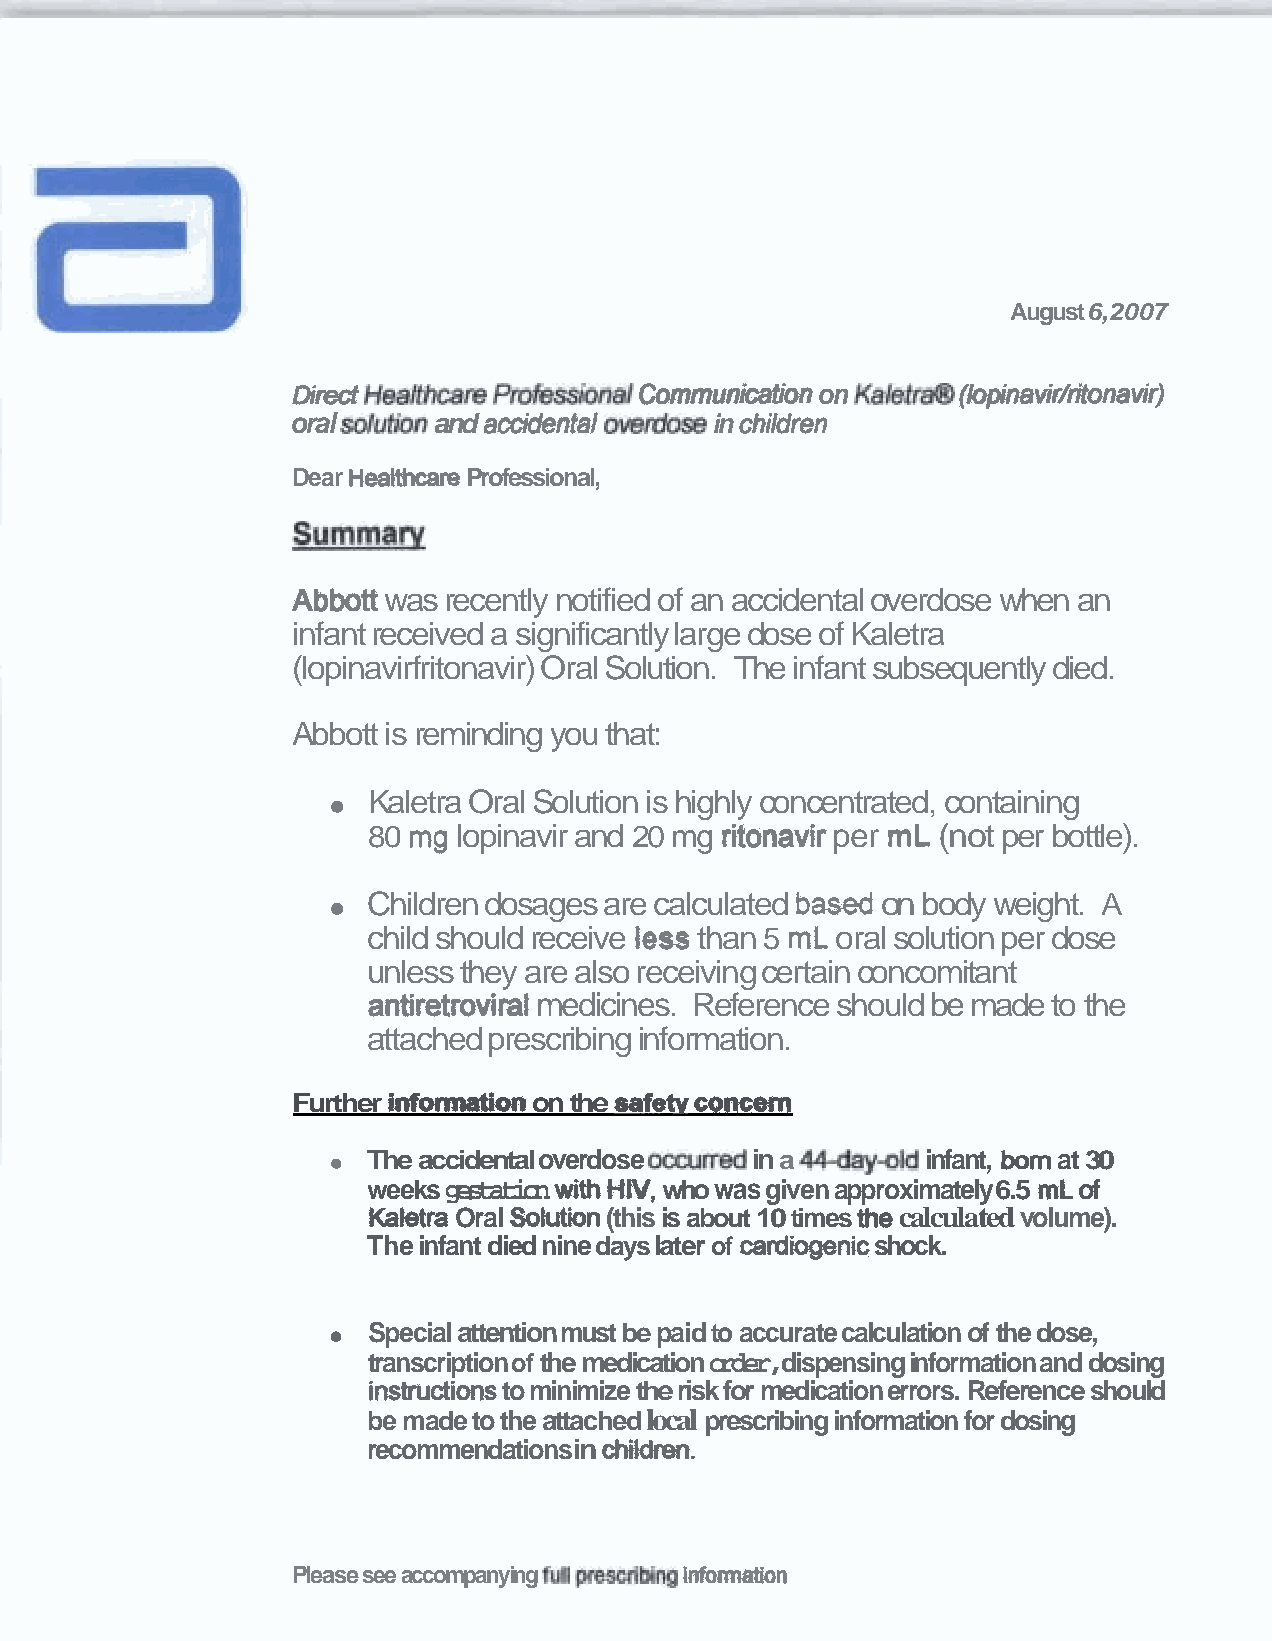
August 6,2007
 ~~
 Dired Hea/thcare       Communication on Kah&dD (lopinavidritonavir)
 oral dutian and accidents! om- in chikren
 Dear Healthcare Professional,
 Abbott was recently notified of an accidental overdose when an
 infant received a significantly large dose of Kaletra
 (lopinavirfritonavir) Oral Solution. The infant subsequently died.
 Abbott is reminding you that:
 Kaletra Oral Solution is highly concentrated, containing
 80 mg lopinavir and 20 mg ritonavir per rnL (not per bottle).
 Children dosages are calculated based on body weight. A
 child should receive less than 5 mL oral solution per dose
 unless they are also receiving certain concomitant
 antiretroviral medicines. Reference should be made to the
 attached prescribing information.
 Further infomation on the safetv concern
 The accidentaloverdose ocmrred in a 44day-Id infant, born at 30
 weeks gestation with HN,w ho was given approximately6.5 mL of
 Katetra Oral Solution (this is about 10 times the calculated volume).
 The infant died nine days later of cardiogenic shock.
 Special attentionmust be paid to accurate calculation of the dose,
 transcriptionof the medication order,dispensing information and dosing
 instructions to minimize the risk for medication errors. Reference should
 be made to the attached local prescribing information for dosing
 recommendationsin chikhen.
 Please see accompanying full pwaibing infomation